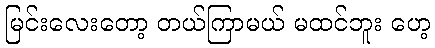
မြင်းလေးတော့ တယ်ကြာမယ် မထင်ဘူး ဟေ့